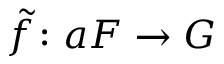
{ \tilde { f } } \colon a F \rightarrow G